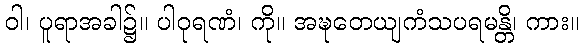
ဝါ၊ ပူရာအခါ၌။ ပါဝုရဏံ၊ ကို။ အဍ္ဎတေယျကံသပရမန္တိ၊ ကား။